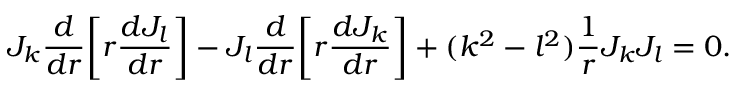
J _ { k } \frac { d } { d r } \bigg [ r \frac { d J _ { l } } { d r } \bigg ] - J _ { l } \frac { d } { d r } \bigg [ r \frac { d J _ { k } } { d r } \bigg ] + ( k ^ { 2 } - l ^ { 2 } ) \frac { 1 } { r } J _ { k } J _ { l } = 0 .